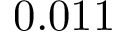
0 . 0 1 1